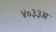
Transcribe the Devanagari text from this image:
४०३३अ